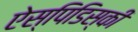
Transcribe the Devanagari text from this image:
ऐस्पिडिस्की